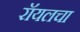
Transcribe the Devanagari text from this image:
रॉयलचा